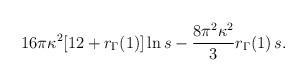
LaTeX: \begin{align*}16\pi \kappa^{2}[12+r_{\Gamma}(1)] \ln s -\frac{8\pi^{2}\kappa^{2}}{3}r_{\Gamma}(1)\,s.\end{align*}